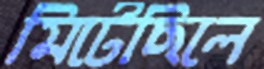
মিটেছিলে